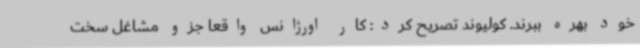
خود بهره ببرند. کولیوند تصریح کرد: کار اورژانس واقعا جزو مشاغل سخت